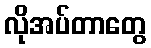
လိုအပ်တာတွေ